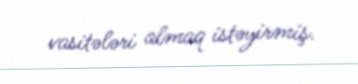
vasitələri almaq istəyirmiş.